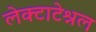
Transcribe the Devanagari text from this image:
लेक्टाटेश्नल